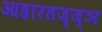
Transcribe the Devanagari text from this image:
आहारतज्ज्ञ